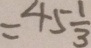
= 4 5 \frac { 1 } { 3 }